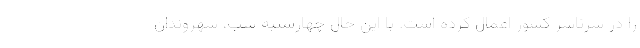
را در سرتاسر کشور اعمال کرده است. با این حال چهارشنبه شب، شهروندان